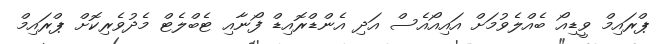
ޕްރައިމް ވީޑިއޯ ބެއްލެވުމަށް އައިއޯއެސް އަދި އެންޑްރޮއިޑް ފޯނާއި ޓެބްލެޓް މެދުވެރިކޮށް ޕްރައިމް